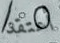
أعتقد